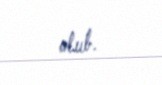
olub.